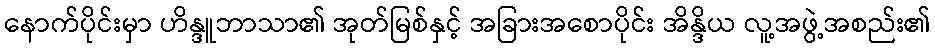
နောက်ပိုင်းမှာ ဟိန္ဒူဘာသာ၏ အုတ်မြစ်နှင့် အခြားအစောပိုင်း အိန္ဒိယ လူ့အဖွဲ့အစည်း၏